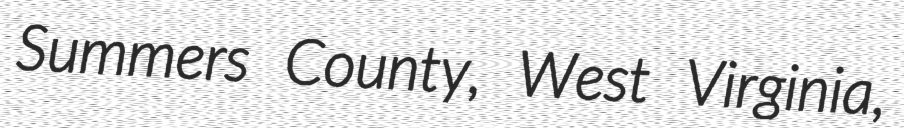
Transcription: Summers County, West Virginia,